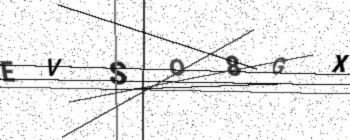
Text: EVSO8GX